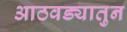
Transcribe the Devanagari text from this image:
आठवड्यातुन